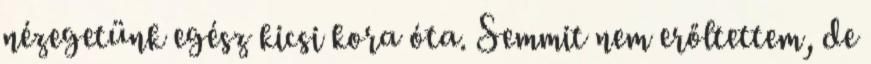
nézegetünk egész kicsi kora óta. Semmit nem erőltettem, de